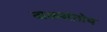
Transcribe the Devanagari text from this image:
बाळसंतोष